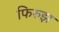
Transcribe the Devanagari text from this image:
फिरुझ